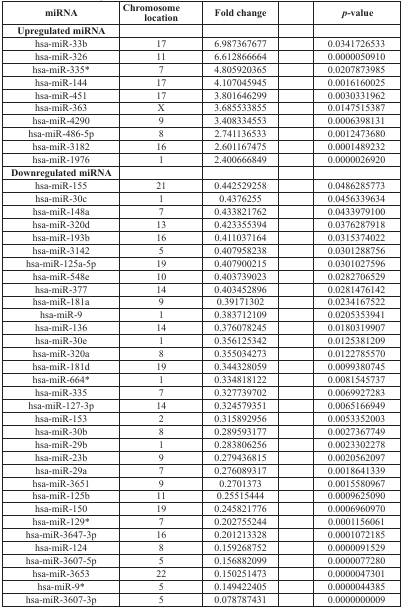
<table><thead><tr><td><b>miRNA</b></td><td><b>Chromosome location</b></td><td><b>Fold change</b></td><td></td><td><b><i>p</i>-value</b></td></tr></thead><tbody><tr><td><b>Upregulated miRNA</b></td><td></td><td></td><td></td><td></td></tr><tr><td>hsa-miR-33b</td><td>17</td><td>6.987367677</td><td></td><td>0.0341726533</td></tr><tr><td>hsa-miR-326</td><td>11</td><td>6.612866664</td><td></td><td>0.0000050910</td></tr><tr><td>hsa-miR-335*</td><td>7</td><td>4.805920365</td><td></td><td>0.0207873985</td></tr><tr><td>hsa-miR-144</td><td>17</td><td>4.107045945</td><td></td><td>0.0016160025</td></tr><tr><td>hsa-miR-451</td><td>17</td><td>3.801646299</td><td></td><td>0.0030331962</td></tr><tr><td>hsa-miR-363</td><td>X</td><td>3.685533855</td><td></td><td>0.0147515387</td></tr><tr><td>hsa-miR-4290</td><td>9</td><td>3.408334553</td><td></td><td>0.0006398131</td></tr><tr><td>hsa-miR-486-5p</td><td>8</td><td>2.741136533</td><td></td><td>0.0012473680</td></tr><tr><td>hsa-miR-3182</td><td>16</td><td>2.601167475</td><td></td><td>0.0001489232</td></tr><tr><td>hsa-miR-1976</td><td>1</td><td>2.400666849</td><td></td><td>0.0000026920</td></tr><tr><td><b>Downregulated miRNA</b></td><td></td><td></td><td></td><td></td></tr><tr><td>hsa-miR-155</td><td>21</td><td>0.442529258</td><td></td><td>0.0486285773</td></tr><tr><td>hsa-miR-30c</td><td>1</td><td>0.4376255</td><td></td><td>0.0456339634</td></tr><tr><td>hsa-miR-148a</td><td>7</td><td>0.433821762</td><td></td><td>0.0433979100</td></tr><tr><td>hsa-miR-320d</td><td>13</td><td>0.423355394</td><td></td><td>0.0376287918</td></tr><tr><td>hsa-miR-193b</td><td>16</td><td>0.411037164</td><td></td><td>0.0315374022</td></tr><tr><td>hsa-miR-3142</td><td>5</td><td>0.407958238</td><td></td><td>0.0301288756</td></tr><tr><td>hsa-miR-125a-5p</td><td>19</td><td>0.407900215</td><td></td><td>0.0301027596</td></tr><tr><td>hsa-miR-548e</td><td>10</td><td>0.403739023</td><td></td><td>0.0282706529</td></tr><tr><td>hsa-miR-377</td><td>14</td><td>0.403452896</td><td></td><td>0.0281476142</td></tr><tr><td>hsa-miR-181a</td><td>9</td><td>0.39171302</td><td></td><td>0.0234167522</td></tr><tr><td>hsa-miR-9</td><td>1</td><td>0.383712109</td><td></td><td>0.0205353941</td></tr><tr><td>hsa-miR-136</td><td>14</td><td>0.376078245</td><td></td><td>0.0180319907</td></tr><tr><td>hsa-miR-30e</td><td>1</td><td>0.356125342</td><td></td><td>0.0125381209</td></tr><tr><td>hsa-miR-320a</td><td>8</td><td>0.355034273</td><td></td><td>0.0122785570</td></tr><tr><td>hsa-miR-181d</td><td>19</td><td>0.344328059</td><td></td><td>0.0099380745</td></tr><tr><td>hsa-miR-664*</td><td>1</td><td>0.334818122</td><td></td><td>0.0081545737</td></tr><tr><td>hsa-miR-335</td><td>7</td><td>0.327739702</td><td></td><td>0.0069927283</td></tr><tr><td>hsa-miR-127-3p</td><td>14</td><td>0.324579351</td><td></td><td>0.0065166949</td></tr><tr><td>hsa-miR-153</td><td>2</td><td>0.315892956</td><td></td><td>0.0053352003</td></tr><tr><td>hsa-miR-30b</td><td>8</td><td>0.289593177</td><td></td><td>0.0027367749</td></tr><tr><td>hsa-miR-29b</td><td>1</td><td>0.283806256</td><td></td><td>0.0023302278</td></tr><tr><td>hsa-miR-23b</td><td>9</td><td>0.279436815</td><td></td><td>0.0020562097</td></tr><tr><td>hsa-miR-29a</td><td>7</td><td>0.276089317</td><td></td><td>0.0018641339</td></tr><tr><td>hsa-miR-3651</td><td>9</td><td>0.2701373</td><td></td><td>0.0015580967</td></tr><tr><td>hsa-miR-125b</td><td>11</td><td>0.25515444</td><td></td><td>0.0009625090</td></tr><tr><td>hsa-miR-150</td><td>19</td><td>0.245821776</td><td></td><td>0.0006960970</td></tr><tr><td>hsa-miR-129*</td><td>7</td><td>0.202755244</td><td></td><td>0.0001156061</td></tr><tr><td>hsa-miR-3647-3p</td><td>16</td><td>0.201213328</td><td></td><td>0.0001072185</td></tr><tr><td>hsa-miR-124</td><td>8</td><td>0.159268752</td><td></td><td>0.0000091529</td></tr><tr><td>hsa-miR-3607-5p</td><td>5</td><td>0.156882099</td><td></td><td>0.0000077280</td></tr><tr><td>hsa-miR-3653</td><td>22</td><td>0.150251473</td><td></td><td>0.0000047301</td></tr><tr><td>hsa-miR-9*</td><td>5</td><td>0.149422405</td><td></td><td>0.0000044385</td></tr><tr><td>hsa-miR-3607-3p</td><td>5</td><td>0.078787431</td><td></td><td>0.0000000009</td></tr></tbody></table>